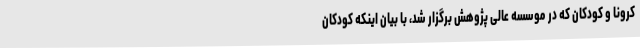
کرونا و کودکان که در موسسه عالی پژوهش برگزار شد، با بیان اینکه کودکان